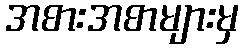
အစားအစာများမှ